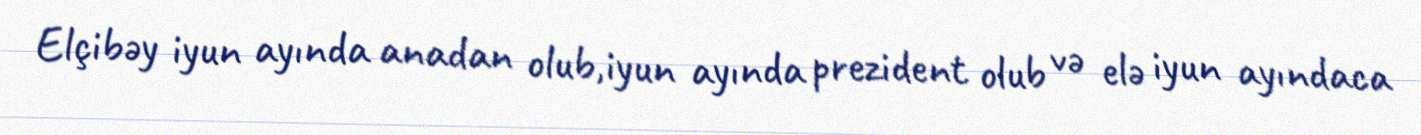
Elçibəy iyun ayında anadan olub,iyun ayında prezident olub və elə iyun ayındaca